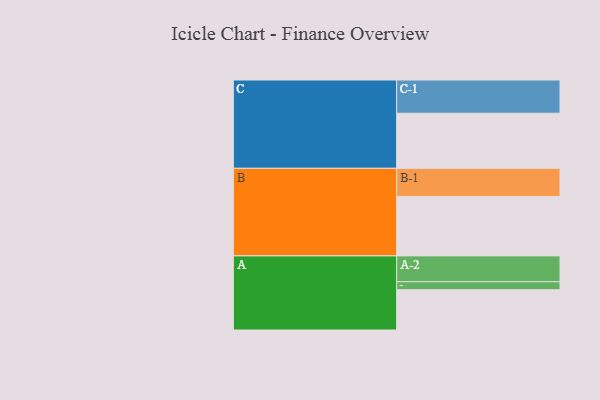
{"axis": {"x": "Segment", "y": "Value"}, "legend": ["", "A", "B", "C"], "data": [{"x": "A", "y": 326, "type": ""}, {"x": "B", "y": 481, "type": ""}, {"x": "C", "y": 446, "type": ""}, {"x": "A-1", "y": 65, "type": "A"}, {"x": "A-2", "y": 209, "type": "A"}, {"x": "B-1", "y": 228, "type": "B"}, {"x": "C-1", "y": 269, "type": "C"}]}